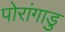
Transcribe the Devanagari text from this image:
पोरांगाडु